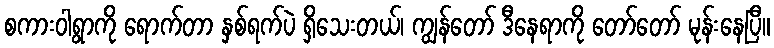
စကားဝါရွာကို ရောက်တာ နှစ်ရက်ပဲ ရှိသေးတယ်၊ ကျွန်တော် ဒီနေရာကို တော်တော် မုန်းနေပြီ။